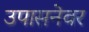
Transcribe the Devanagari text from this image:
उपासनेवर